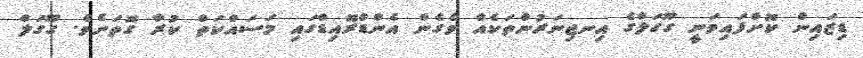
ޑިޒައިން ކޮށްފައިވަނީ ގޫގަލްގެ އިނޖިނަރުންތަކެއް ވެގެން އެންޑްރޮއިޑްގައި މަސައްކަތް ކުރާ ގޮތަށެވެ. ގޫގަލް